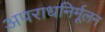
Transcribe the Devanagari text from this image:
अपराधनिर्मूलन